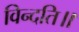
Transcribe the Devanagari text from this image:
विन्दति॥